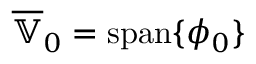
\overline { { \mathbb { V } } } _ { 0 } = \operatorname { s p a n } \{ \phi _ { 0 } \}